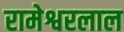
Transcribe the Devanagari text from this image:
रामेश्वरलाल